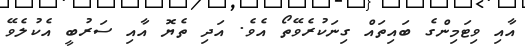
އާއި ވިޓަމިންގެ ބައިތައް ގިނަކުރެވޭތޯ އެވެ. އަދި ތެޔޮ އާއި ސަރުބީ އެކުލެވޭ